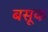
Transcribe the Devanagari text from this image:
बसूक